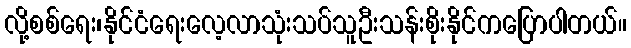
လို့စစ်ရေး၊နိုင်ငံရေးလေ့လာသုံးသပ်သူဦးသန်းစိုးနိုင်ကပြောပါတယ်။